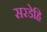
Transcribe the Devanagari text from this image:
सरडेहि